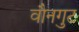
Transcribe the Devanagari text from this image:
वौनगुट